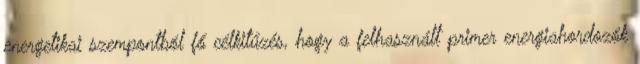
energetikai szempontból fő célkitűzés, hogy a felhasznált primer energiahordozók